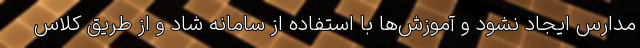
مدارس ایجاد نشود و آموزش‌ها با استفاده از سامانه شاد و از طریق کلاس‌